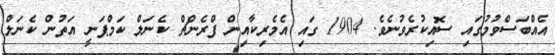
އެއްބަސްވުމުގައި ސޮއިކުރެވުނެވެ. 1904 ގައި އެމެރިކާއިން ފްރެންޗް ކެނަލް ކަމްޕަނީ އަތުން ކެނަލް